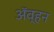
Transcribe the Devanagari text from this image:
अॅव्हन